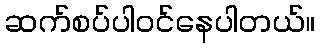
ဆက်စပ်ပါဝင်နေပါတယ်။